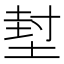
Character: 堼